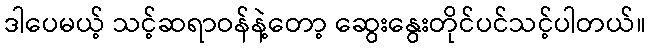
ဒါပေမယ့် သင့်ဆရာဝန်နဲ့တော့ ဆွေးနွေးတိုင်ပင်သင့်ပါတယ်။